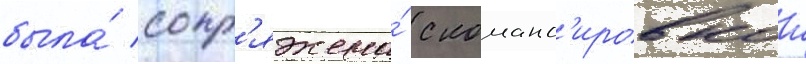
была́ сопр'яжена́ с команд'ировкои